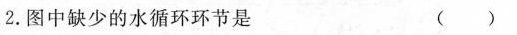
2.图中缺少的水循环环节是 ()